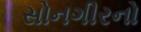
સોનગીરનો